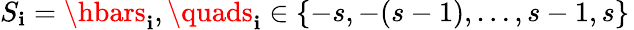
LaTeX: S_{\mathbf{i}}=\hbars_{\mathbf{i}},\quads_{\mathbf{i}}\in\{ -s,-(s-1),\dots,s-1,s\} \,